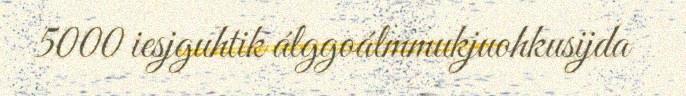
5000 iesjguhtik álggoálmmukjuohkusijda